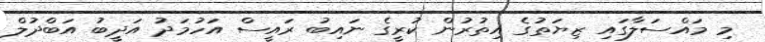
މި މައްސަލާގައި ޒިޔަތުގެ އިތުރުން ކުރީގެ ނައިބު ރައީސް އަހުމަދު އަދީބު އަބްދުލް